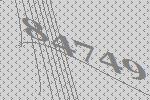
84749